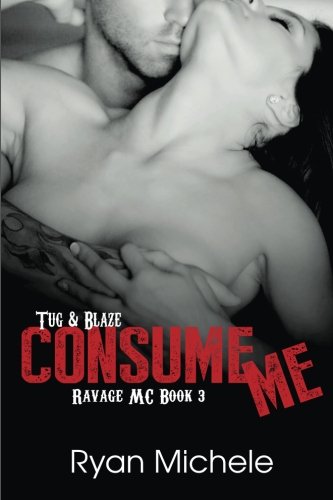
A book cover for Consume Me (Ravage MC#3) (Volume 3); Ryan Michele; Romance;